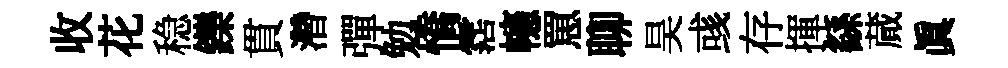
收花稳鑠貫濳彈勉憍霑幰罳聊昊彧存揮繇蕆眞